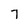
Character: 7